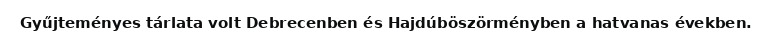
Gyűjteményes tárlata volt Debrecenben és Hajdúböszörményben a hatvanas években.